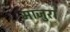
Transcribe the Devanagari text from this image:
माजुरा